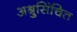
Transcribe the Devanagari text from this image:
अश्रुसिंचित